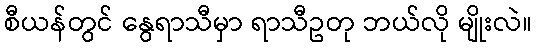
စီယန်တွင် နွေရာသီမှာ ရာသီဥတု ဘယ်လို မျိုးလဲ။